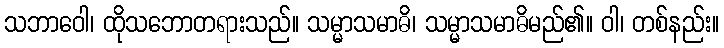
သဘာဝေါ၊ ထိုသဘောတရားသည်။ သမ္မာသမာဓိ၊ သမ္မာသမာဓိမည်၏။ ဝါ၊ တစ်နည်း။